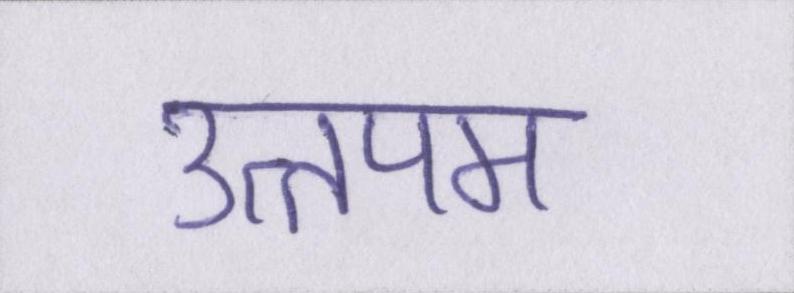
उत्तपम